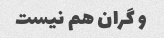
و گران هم نیست